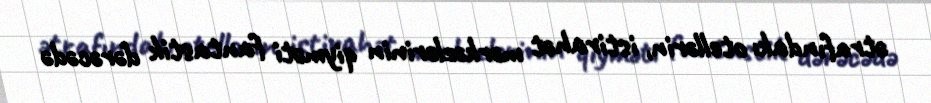
ətrafındakı otellərin, istirahət mərkəzlərinin qiyməti fantastik dərəcədə